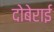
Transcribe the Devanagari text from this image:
दोबेराई